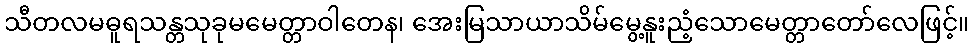
သီတလမဓူရသန္တသုခုမမေတ္တာဝါတေန၊ အေးမြသာယာသိမ်မွေ့နူးညံ့သောမေတ္တာတော်လေဖြင့်။